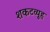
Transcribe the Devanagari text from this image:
शकटव्यूह